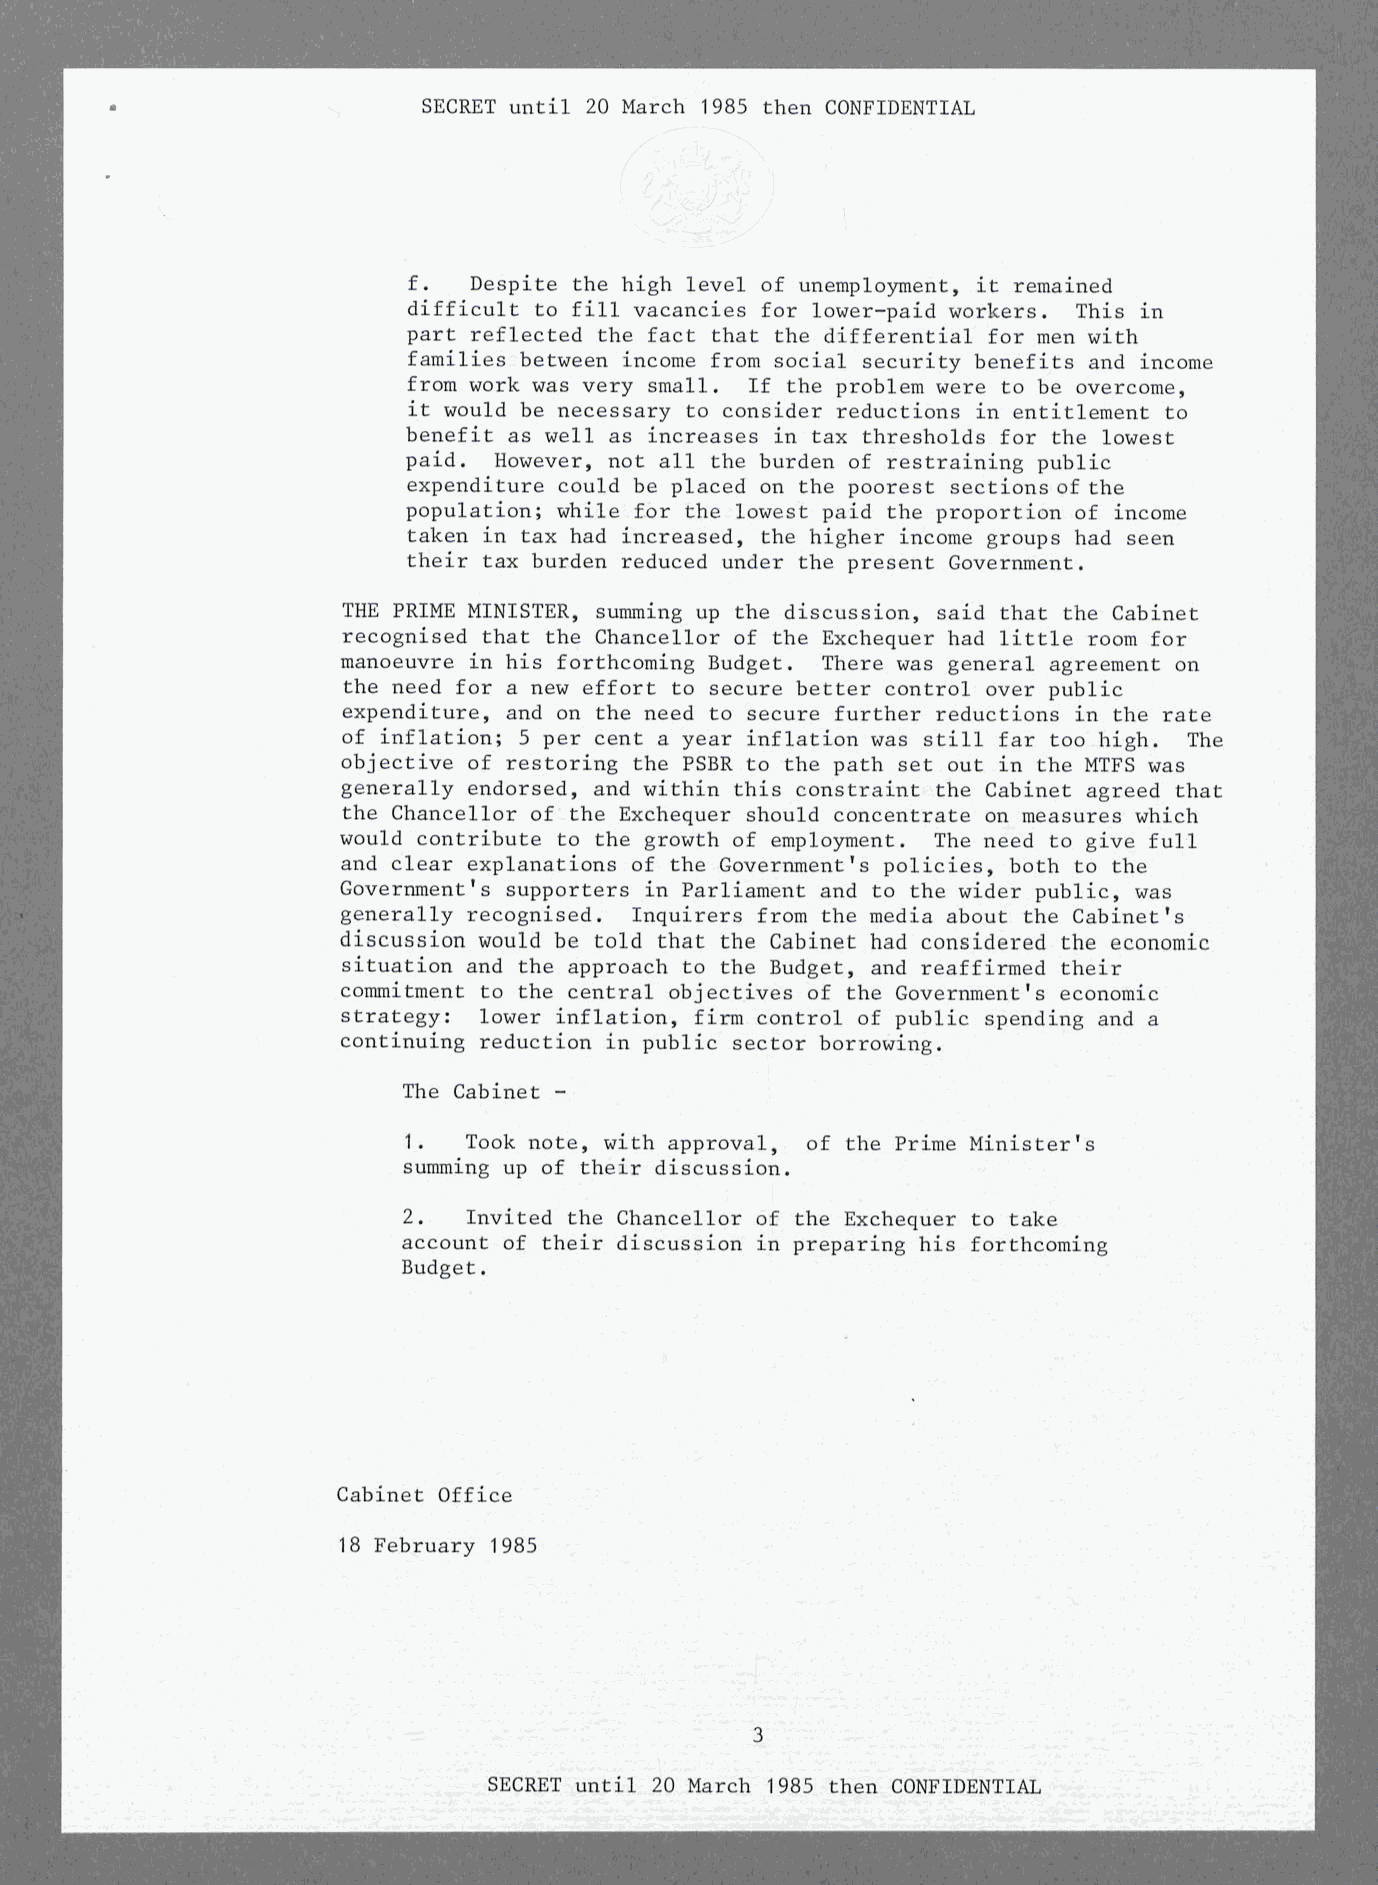
SECRET unti l 20 March 1985 then CONFIDENTIAL
 f.  Despite the high level of unemployment, i t remained
 difficult to f i l l vacancies for lower-paid workers. This i n
 part reflected the fact that the differential for men with
 families between income from social security benefits and income
 from work was very small. I f the problem were to be overcome,
 i t would be necessary to consider reductions i n entitlement to
 benefit as well as increases i n tax thresholds for the lowest
 paid. However, not a l l the burden of restraining public
 expenditure could be placed on the poorest sections of the
 population; while for the lowest paid the proportion of income
 taken in tax had increased, the higher income groups had seen
 their tax burden reduced under the present Government.
 THE PRIME MINISTER, summing up the discussion, said that the Cabinet
 recognised that the Chancellor of the Exchequer had littl e room for
 manoeuvre in his forthcoming Budget. There was general agreement on
 the need for a new effor t to secure better control over public
 expenditure, and on the need to secure further reductions i n the rate
 of inflation ; 5 per cent a year inflation was still far too high. The
 objective of restoring the PSBR to the path set out i n the MTFS was
 generally endorsed, and within this constraint the Cabinet agreed that
 the Chancellor of the Exchequer should concentrate on measures which
 would contribute to the growth of employment. The need to give ful l
 and clear explanations of the Government's policies, both to the
 Government's supporters in Parliament and to the wider public, was
 generally recognised. Inquirers from the media about the Cabinet's
 discussion would be told that the Cabinet had considered the economic
 situation and the approach to the Budget, and reaffirmed their
 commitment to the central objectives of the Government's economic
 strategy: lower inflation, firm control of public spending and a
 continuing reduction i n public sector borrowing.
 The Cabinet ­
 1.  Took note, with approval, of the Prime Minister's
 summing up of their discussion.
 2.  Invited the Chancellor of the Exchequer to take
 account of their discussion i n preparing his forthcoming
 Budget.
 Cabinet Office
 18 February 1985
 SECRET until 20 March 1985 then CONFIDENTIAL